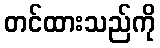
တင်ထားသည်ကို